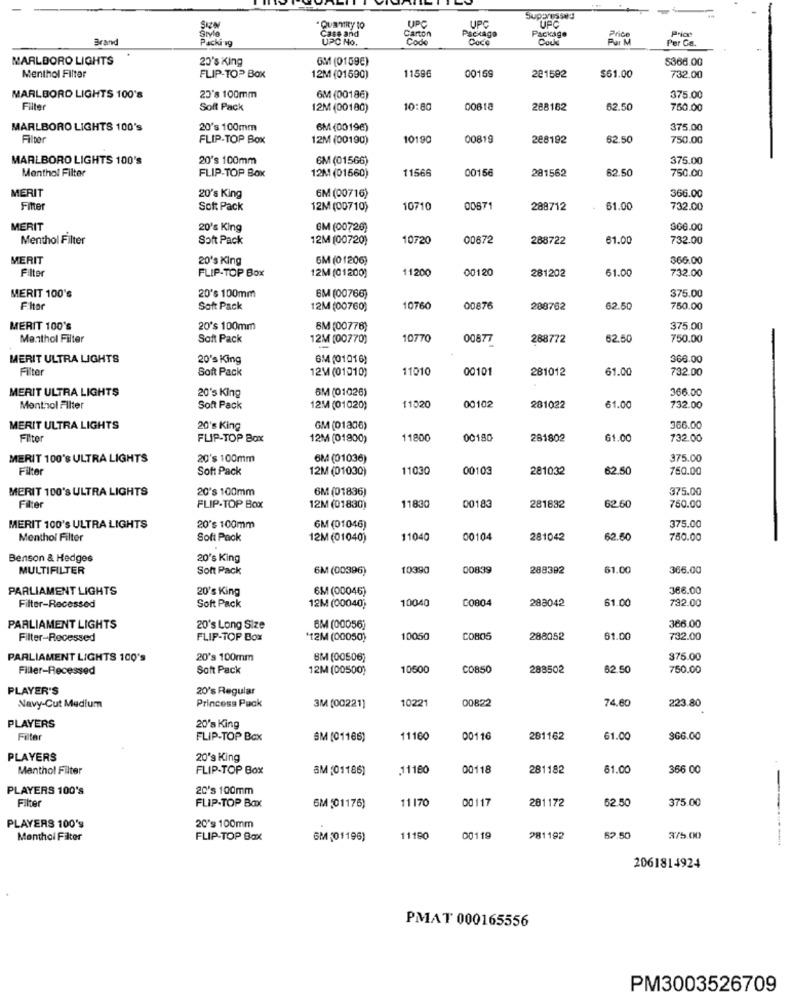
-
UPC
UPC
Suppressed
UPC
Style
QuamRy to
Carton
Package
Package
Price
Brand
Packi ag
Case and
Code
Could
Price
Par M
Per Ga.
MARLBORO LIGHTS
23's King
GM (0159E)
$368.00
Menthol Filter
11596
FLIP-TOP Box
12M (01590)
00159
281592
$61.00
732.00
MARLBORO LIGHTS 100's
23's 100mm
6M (00186)
375.00
Filter
Soft Pack
12M (00180)
10:80
00818
288162
62.50
760.00
MARLBORO LIGHTS 100's
20's 100mm
6M (00196)
375.00
Filter
FLIP-TOP Box
12M (00190)
10190
00819
228192
62.50
750.00
MARLBORO LIGHTS 100's
20's 100mm
6M (01566)
375.00
Menthol Filter
11566
00156
62.50
750.00
FLIP-TOP Box
12M (01660)
281562
MERIT
366.00
20's King
6M (00716)
Fitter
Soft Pack
12M (00710)
10710
00671
288712
61.00
732.00
MERIT
20's King
6M (00726)
366.00
Menthol Filter
Soft Pack
12M (00720)
10720
00672
288722
61.00
732.00
MERIT
20's King
GM (01206)
$66.00
Filter
FLIP-TOP Box
11200
00120
732.00
12M (01200)
281202
61.00
20$ 100mm
MERIT 100's
6M (00766)
375.00
Filter
Soft Pack
12M (00760)
10760
00876
288762
62.50
750.00
MERIT 100's
20's 100mm
8M (00776)
375.00
Menthol Filter
Soft Pack
12M (00770)
10770
00877
288772
62.50
750.00
MERIT ULTRA LIGHTS
20's King
GM (01016)
360.00
Filter
Soft Pack
12M (01010)
11010
00101
281012
61.00
732.00
MERIT ULTRA LIGHTS
20's King
6M (01026)
366.00
00102
Menthol Filter
Soft Pack
12M (01020)
11520
281022
61.00
732.00
MERIT ULTRA LIGHTS
20's King
GM (01306)
366.00
Filte
FLIP-TOP Box
12M (01900)
11800
00180
281802
61.00
732.00
MERIT 100's ULTRA LIGHTS
20's 100mm
6M (01036)
375.00
Filter
Soft Pack
12M (01030)
11030
00103
281032
62.50
750.00
MERIT 100's ULTRA LIGHTS
20's 100mm
6M (01836)
375.00
Filter
FLIP-TOP Box
12M (01830)
11830
00183
281832
62.60
750.00
MERIT 100'S ULTRA LIGHTS
20's 100mm
6M (01046)
375.00
Menthol Filter
Sofi Pack
12M (01040)
11040
00104
281042
62.50
780.00
Benson & Hedges
20's King
MULTIFILTER
Soft Pack
6M (00396)
10390
00839
288392
61.0
366.00
PARLIAMENT LIGHTS
20's King
6M (00046)
366.00
10040
C0804
288042
61.00
732.00
Filter-Recessed
Soft Pack
12M (00040)
PARLIAMENT LIGHTS
20's Long Size
6M (00056]
366.00
Filter-Recessed
FLIP-TOP Box
'12M (00050)
1005
COBOS
288052
61.00
732.00
PARLIAMENT LIGHTS 100's
20's 100mm
BM (00506)
375.00
Filler-Recessed
Soft Pack
12M (00500)
1050
C0850
288502
62.50
750.00
PLAYER'S
20's Regular
Navy-Cut Medium
10221
00822
74.60
223.80
Princesa Pack
3M (00221]
PLAYERS
20'a King
Filter
FLIP-TOP Box
SM [01186)
11160
00116
281162
61.00
$66.00
PLAYERS
20's King
Manthol Filter
FLIP-TOP Box
SM (01186)
11180
00118
281182
61.00
366 00
PLAYERS 100's
20's 100mm
Filter
FLIP-TOP Box
11170
00117
281172
375.00
6M (01176)
62.50
20's 100mm
PLAYERS 100's
Monthol Filter
FLIP-TOP Box
GM (01196)
11190
00119
281192
52.50
375.00
2061814924
PMAT 000165556
PM3003526709